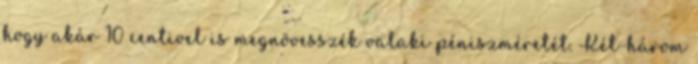
hogy akár 10 centivel is megnövesszék valaki péniszméretét. Két-három